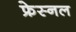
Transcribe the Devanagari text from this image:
फ्रेस्नल